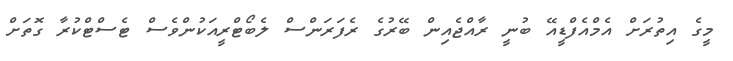
މީގެ އިތުރަށް އެމްއެފްޑީއޭ ބުނީ ރާއްޖެއިން ބޭރުގެ ރެފަރަންސް ލެބޯޓްރީއަކުންވެސް ޓެސްޓްކުރާ ގޮތަށް